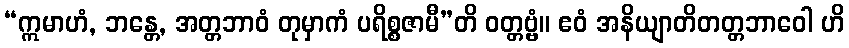
“ဣမာဟံ, ဘန္တေ, အတ္တဘာဝံ တုမှာကံ ပရိစ္စဇာမီ”တိ ဝတ္တဗ္ဗံ။ ဧဝံ အနိယျာတိတတ္တဘာဝေါ ဟိ